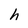
Character: h